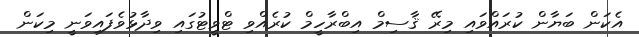
އެކަން ބަޔާން ކުރައްވައި މިރޭ ޤާސިމް އިބްރާހީމް ކުރެއްވި ޓްވީޓުގައި ވިދާޅުވެފައިވަނީ މިކަން